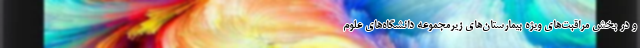
و در بخش مراقبت‌های ویژه بیمارستان‌های زیرمجموعه دانشگاه‌های علوم